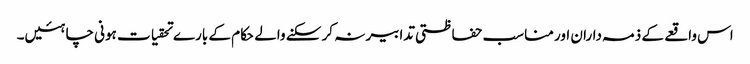
اس واقعے کے ذمہ داران اور مناسب حفاظتی تدابیر نہ کر سکنے والے حکام کے بارے تحقیات ہونی چاہئیں۔